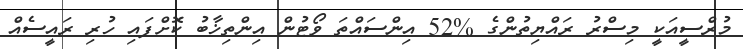
މުރްސީއަކީ މިސްރު ރައްޔިތުންގެ %52 އިންސައްތަ ވޯޓުން އިންތިޚާބު ކޮށްފައި ހުރި ރައީސެއް